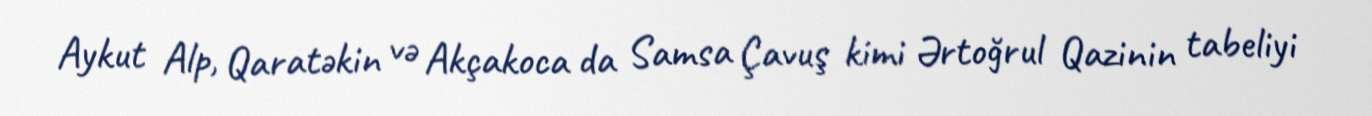
Aykut Alp, Qaratəkin və Akçakoca da Samsa Çavuş kimi Ərtoğrul Qazinin tabeliyi